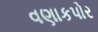
વણાકપોર